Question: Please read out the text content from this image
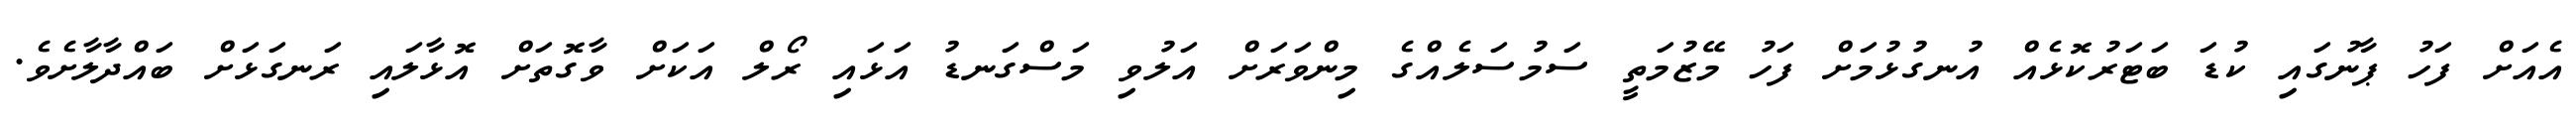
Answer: އެއަށް ފަހު ޕާނުގައި ކުޑަ ބަޓަރުކޮޅެއް އުނގުޅުމަށް ފަހު މޭޒުމަތީ ސަމުސަލެއްގެ މިންވަރަށް އަލުވި މަސްގަނޑު އަޅައި ރޯލް އަކަށް ވާގޮތަށް އޮޅާލައި ރަނގަޅަށް ބައްދާލާށެވެ.